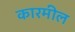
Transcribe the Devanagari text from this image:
कारमील